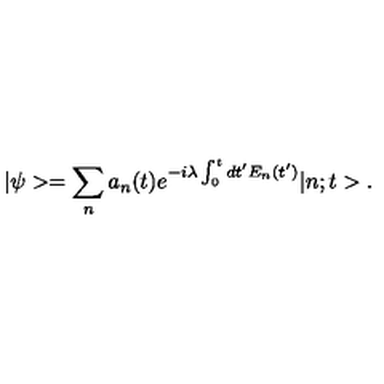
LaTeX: | \psi > = \sum _ { n } a _ { n } ( t ) e ^ { - i \lambda \int _ { 0 } ^ { t } d t ^ { \prime } E _ { n } ( t ^ { \prime } ) } | n ; t > .